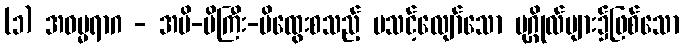
(၁) အဓမ္မရာဂ - အမိ-မိကြီး-မိထွေးစသည့် မသင့်လျော်သော ပုဂ္ဂိုလ်များ၌ဖြစ်သော